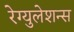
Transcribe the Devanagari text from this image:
रेग्युलेशन्स